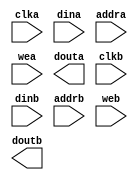
module ram_13x28_15x7(
	clka,
	dina,
	addra,
	wea,
	douta,
	clkb,
	dinb,
	addrb,
	web,
	doutb);


input clka;
input [27 : 0] dina;
input [12 : 0] addra;
input [0 : 0] wea;
output [27 : 0] douta;
input clkb;
input [6 : 0] dinb;
input [14 : 0] addrb;
input [0 : 0] web;
output [6 : 0] doutb;

// synthesis translate_off

      BLK_MEM_GEN_V2_8 #(
		.C_ADDRA_WIDTH(13),
		.C_ADDRB_WIDTH(15),
		.C_ALGORITHM(1),
		.C_BYTE_SIZE(9),
		.C_COMMON_CLK(0),
		.C_DEFAULT_DATA("0"),
		.C_DISABLE_WARN_BHV_COLL(0),
		.C_DISABLE_WARN_BHV_RANGE(0),
		.C_FAMILY("virtex5"),
		.C_HAS_ENA(0),
		.C_HAS_ENB(0),
		.C_HAS_MEM_OUTPUT_REGS_A(0),
		.C_HAS_MEM_OUTPUT_REGS_B(0),
		.C_HAS_MUX_OUTPUT_REGS_A(0),
		.C_HAS_MUX_OUTPUT_REGS_B(0),
		.C_HAS_REGCEA(0),
		.C_HAS_REGCEB(0),
		.C_HAS_SSRA(0),
		.C_HAS_SSRB(0),
		.C_INIT_FILE_NAME("ram_13x28_15x7.mif"),
		.C_LOAD_INIT_FILE(1),
		.C_MEM_TYPE(2),
		.C_MUX_PIPELINE_STAGES(0),
		.C_PRIM_TYPE(1),
		.C_READ_DEPTH_A(8192),
		.C_READ_DEPTH_B(32768),
		.C_READ_WIDTH_A(28),
		.C_READ_WIDTH_B(7),
		.C_SIM_COLLISION_CHECK("ALL"),
		.C_SINITA_VAL("0"),
		.C_SINITB_VAL("0"),
		.C_USE_BYTE_WEA(0),
		.C_USE_BYTE_WEB(0),
		.C_USE_DEFAULT_DATA(0),
		.C_USE_ECC(0),
		.C_USE_RAMB16BWER_RST_BHV(0),
		.C_WEA_WIDTH(1),
		.C_WEB_WIDTH(1),
		.C_WRITE_DEPTH_A(8192),
		.C_WRITE_DEPTH_B(32768),
		.C_WRITE_MODE_A("WRITE_FIRST"),
		.C_WRITE_MODE_B("WRITE_FIRST"),
		.C_WRITE_WIDTH_A(28),
		.C_WRITE_WIDTH_B(7),
		.C_XDEVICEFAMILY("virtex5"))
	inst (
		.CLKA(clka),
		.DINA(dina),
		.ADDRA(addra),
		.WEA(wea),
		.DOUTA(douta),
		.CLKB(clkb),
		.DINB(dinb),
		.ADDRB(addrb),
		.WEB(web),
		.DOUTB(doutb),
		.ENA(),
		.REGCEA(),
		.SSRA(),
		.ENB(),
		.REGCEB(),
		.SSRB(),
		.DBITERR(),
		.SBITERR());


// synthesis translate_on

// XST black box declaration
// box_type "black_box"
// synthesis attribute box_type of ram_13x28_15x7 is "black_box"

endmodule